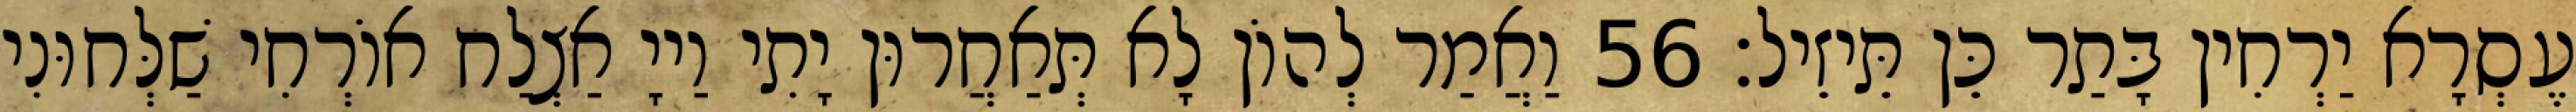
עֶסְרָא יַרְחִין בָּתַר כֵּן תֵּיזֵיל׃ 56 וַאֲמַר לְהוֹן לָא תְּאַחֲרוּן יָתִי וַייָ אַצְלַח אוֹרְחִי שַׁלְּחוּנִי